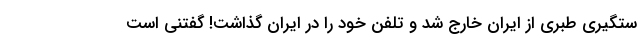
ستگیری طبری از ایران خارج شد و تلفن خود را در ایران گذاشت! گفتنی است